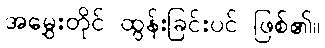
အမွှေးတိုင် ထွန်းခြင်းပင် ဖြစ်၏။